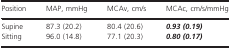
| Position | MAP, mmHg | MCAv, cm/s | MCAc, cm/s/mmHg |
 | --- | --- | --- | --- |
 | Supine | 87.3 (20.2) | 80.4 (20.6) | 0.93 (0.19) |
 | Sitting | 96.0 (14.8) | 77.1 (20.3) | 0.80 (0.17) |